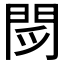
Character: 𲈧